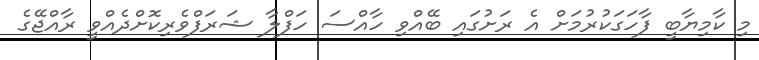
މި ކާމިޔާބީ ފާހަގަކުރުމަށް އެ ރަށުގައި ބޭއްވި ހާއްސަ ހަފްލާ ޝަރަފްވެރިކޮށްދެއްވީ ރާއްޖޭގެ